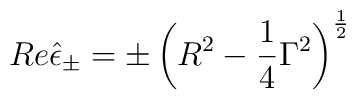
Re\hat \epsilon _{\pm }=\pm \left( R^2-\frac 14\Gamma^2\right) ^{\frac 12}